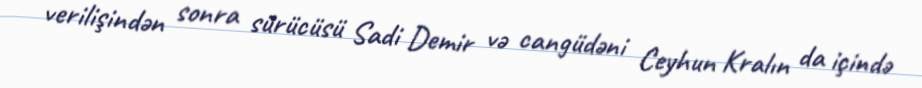
verilişindən sonra sürücüsü Sadi Demir və cangüdəni Ceyhun Kralın da içində